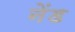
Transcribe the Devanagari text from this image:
नेंड